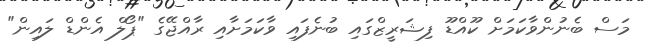
މަސް ބެނުންވާކަމަށް ކޫއްޑޫ ފިޝަރީޒްގައި ބުނެފައި ވާކަމަށާއި ރާއްޖޭގެ "ޕޯލް އެންޑް ލައިން"